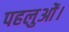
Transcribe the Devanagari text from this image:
पहलुओं।